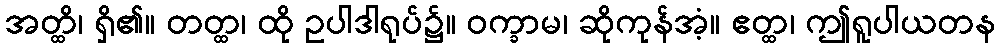
အတ္ထိ၊ ရှိ၏။ တတ္ထ၊ ထို ဥပါဒါရုပ်၌။ ဝက္ခာမ၊ ဆိုကုန်အံ့။ ဧတ္ထ၊ ဤရူပါယတန